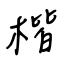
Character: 楷